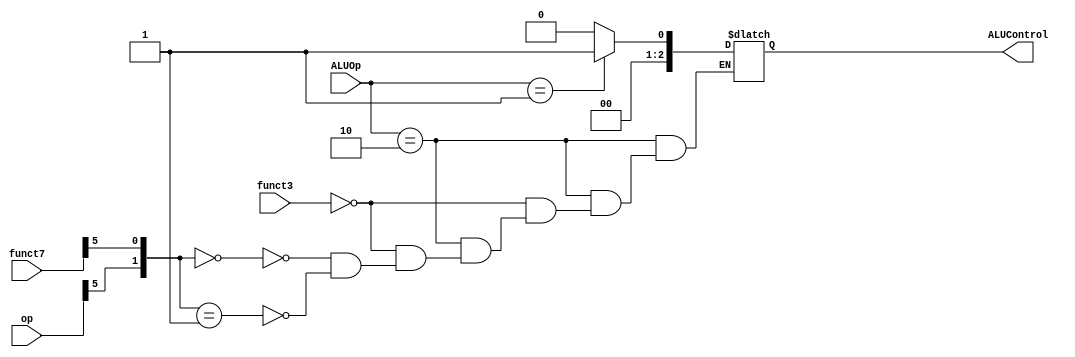
module ALUDecoder2(
    input  [14:12] funct3,
    input  [6:0] funct7,
    input  [1:0] ALUOp,
    input  [6:0] op, 
    output reg [2:0] ALUControl 
    );
    
     always @(*) begin
           case(ALUOp)      
               2'b00: ALUControl = 3'b000 ;     // (add) ------> lw , sw 
               2'b01: ALUControl = 3'b001 ;     // (sub) ------> beq 
                  
               2'b10: begin
                      
                   case(funct3)
                       010: ALUControl = 3'b101 ;    // slt
                       110: ALUControl = 3'b011 ;    // or
                       111: ALUControl = 3'b010 ;    // and 
                                               
                       000: begin
                          case( { op[5],funct7[5] } )
                              00: ALUControl = 3'b000 ;      // add
                              01: ALUControl = 3'b000 ;      // add
                              10: ALUControl = 3'b000 ;      // add 
                              11: ALUControl = 3'b001 ;      // sub 
                          endcase
                       end
                       default : ALUControl = 3'bxxx ; 
                   endcase 
               end  
               default : ALUControl = 3'bxxx ;
           endcase 
           
        end
       
   endmodule